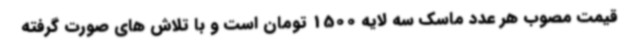
قیمت مصوب هر عدد ماسک سه لایه 1500 تومان است و با تلاش های صورت گرفته